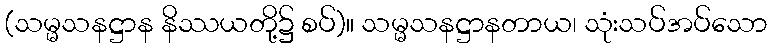
(သမ္မသနဋ္ဌာန နိဿယတို့၌ စပ်)။ သမ္မသနဋ္ဌာနတာယ၊ သုံးသပ်အပ်သော